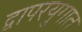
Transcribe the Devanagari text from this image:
द्वापरयुगात